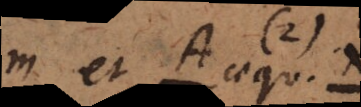
A est A aequ. H